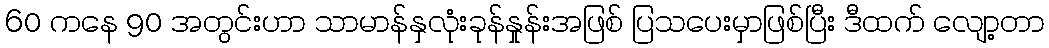
60 ကနေ 90 အတွင်းဟာ သာမာန်နှလုံးခုန်နှုန်းအဖြစ် ပြသပေးမှာဖြစ်ပြီး ဒီထက် လျော့တာ